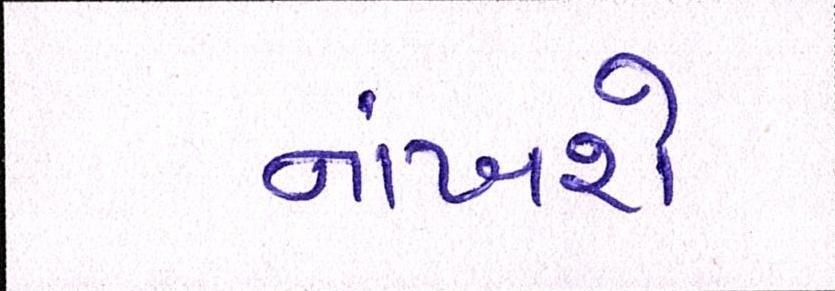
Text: નાંખશે